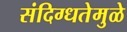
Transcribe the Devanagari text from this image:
संदिग्धतेमुळे